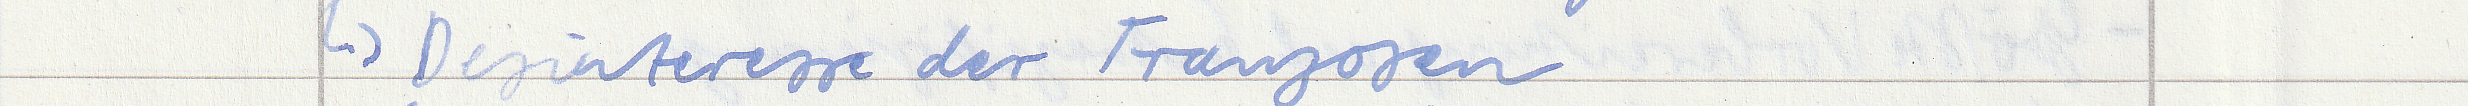
-> Desinteresse der Franzosen